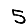
Digit: 5